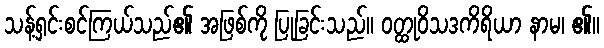
သန့်ရှင်းစင်ကြယ်သည်၏ အဖြစ်ကို ပြုခြင်းသည်။ ဝတ္ထုဝိသဒကိရိယာ နာမ၊ ၏။